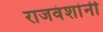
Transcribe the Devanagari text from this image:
राजवंशांनी